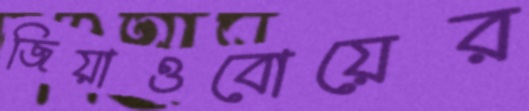
জিয়াওবোয়ের